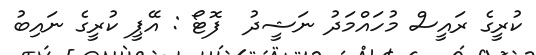
ކުރީގެ ރައީސް މުހައްމަދު ނަޝީދު  ފޮޓޯ : އޭޕީ ކުރީގެ ނައިބު